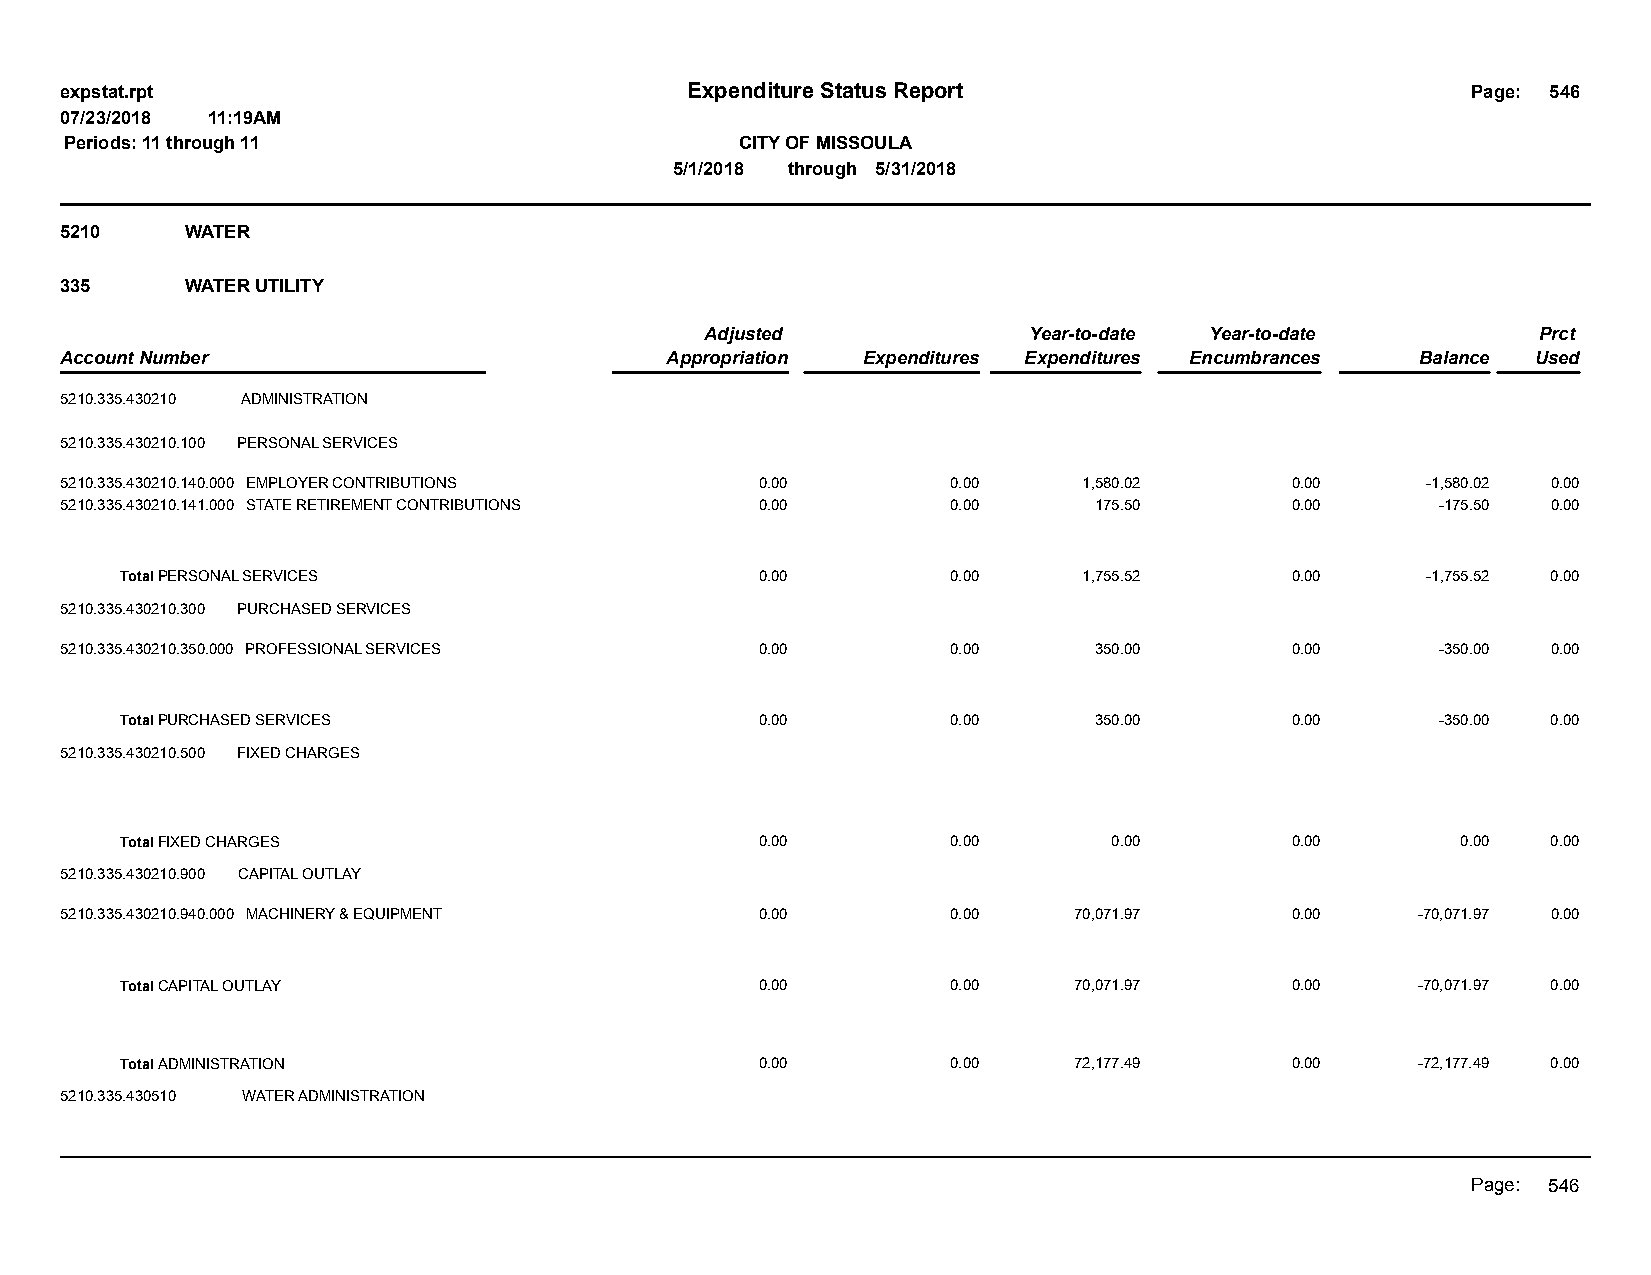
expstat.rpt                              Expenditure Status Report                           Page: 546
 07/23/2018 11:19AM
 Periods: 11 through 11                       CITY OF MISSOULA
 5/1/2018 through 5/31/2018
 5210    WATER
 335     WATER UTILITY
 Adjusted             Year-to-date Year-to-date         Prct
 Account Number                          Appropriation Expenditures Expenditures Encumbrances Balance Used
 5210.335.430210 ADMINISTRATION
 5210.335.430210.100 PERSONAL SERVICES
 5210.335.430210.140.000 EMPLOYER CONTRIBUTIONS 0.00        0.00     1,580.02     0.00     -1,580.02 0.00
 5210.335.430210.141.000 STATE RETIREMENT CONTRIBUTIONS 0.00 0.00    175.50       0.00      -175.50 0.00
 Total PERSONAL SERVICES                   0.00         0.00     1,755.52     0.00     -1,755.52 0.00
 5210.335.430210.300 PURCHASED SERVICES
 5210.335.430210.350.000 PROFESSIONAL SERVICES 0.00         0.00     350.00       0.00      -350.00 0.00
 Total PURCHASED SERVICES                  0.00         0.00     350.00       0.00      -350.00 0.00
 5210.335.430210.500 FIXED CHARGES
 Total FIXED CHARGES                       0.00         0.00       0.00       0.00        0.00  0.00
 5210.335.430210.900 CAPITAL OUTLAY
 5210.335.430210.940.000 MACHINERY & EQUIPMENT 0.00         0.00    70,071.97     0.00     -70,071.97 0.00
 Total CAPITAL OUTLAY                      0.00         0.00    70,071.97     0.00     -70,071.97 0.00
 Total ADMINISTRATION                      0.00         0.00    72,177.49     0.00     -72,177.49 0.00
 5210.335.430510 WATER ADMINISTRATION
 Page: 546